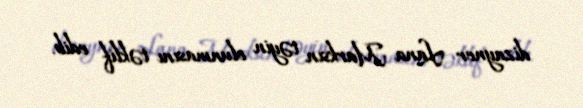
dizayner Lana Marksın təyin olunmasını təklif edib.